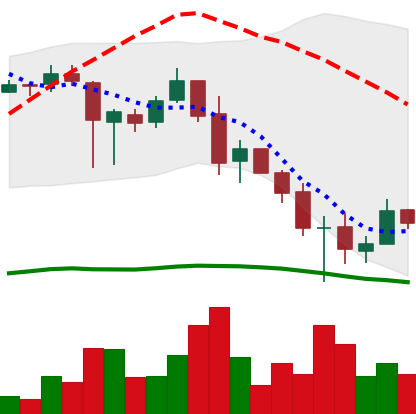
Ticker: XRP-USD
Chart end date: 2018-11-29
Forward return: -7.201%
Label: down_7plus